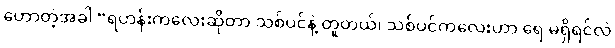
ဟောတဲ့အခါ “ရဟန်းကလေးဆိုတာ သစ်ပင်နဲ့ တူတယ်၊ သစ်ပင်ကလေးဟာ ရေ မရှိရင်လဲ